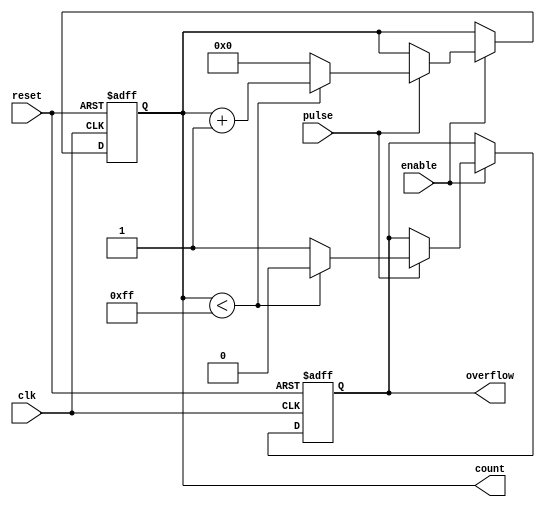
module pulse_counter (
    input wire clk,          // Clock signal
    input wire reset,        // Asynchronous reset signal
    input wire pulse,        // Input pulse signal
    input wire enable,       // Enable signal for counting
    output reg [7:0] count,  // 8-bit output count
    output reg overflow      // Overflow signal
);

    // Internal signal to hold the next count value
    reg [7:0] next_count;

    // Asynchronous reset and counting logic
    always @(posedge clk or posedge reset) begin
        if (reset) begin
            count <= 8'b0;      // Reset count to 0
            overflow <= 1'b0;   // Clear overflow signal
        end else if (enable) begin
            if (pulse) begin
                if (count < 8'd255) begin
                    next_count = count + 1; // Increment count
                    overflow <= 1'b0;       // Clear overflow signal
                end else begin
                    next_count = 8'b0;      // Wrap around to 0
                    overflow <= 1'b1;       // Set overflow signal
                end
                count <= next_count; // Update count
            end
        end
    end

endmodule